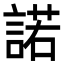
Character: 諾